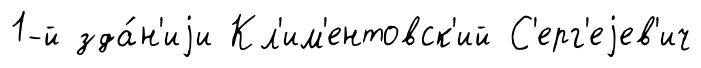
1-й зда́н'иjи Кл'им'ентовск'ий С'ерг'еjев'ич